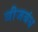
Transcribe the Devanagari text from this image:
बीजबंध